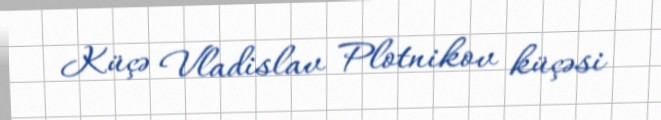
Küçə Vladislav Plotnikov küçəsi